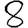
Digit: 8